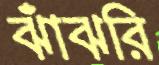
ঝাঁঝরি